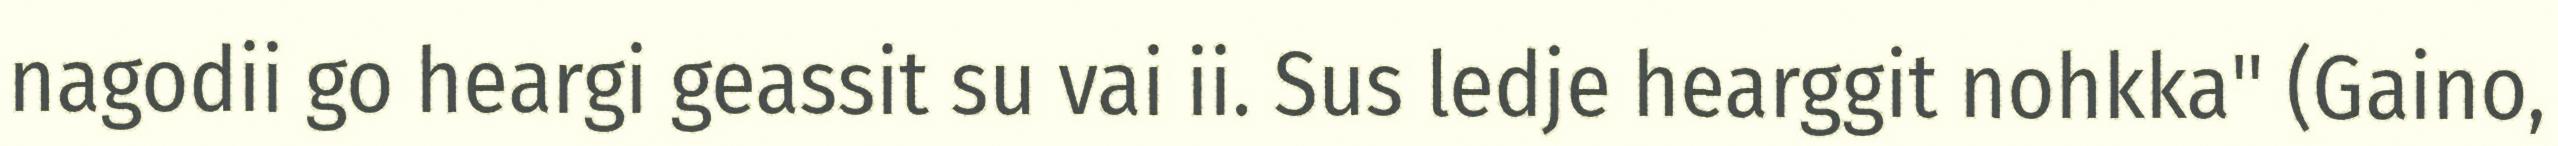
nagodii go heargi geassit su vai ii. Sus ledje hearggit nohkka" (Gaino,